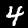
Label: 4